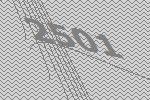
2501